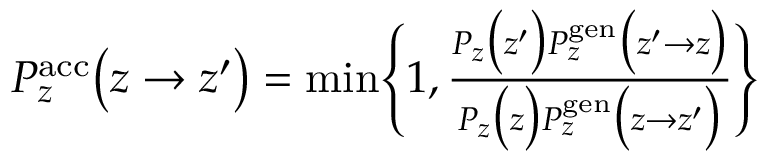
\begin{array} { r } { P _ { z } ^ { \mathrm { a c c } } \bigl ( z \to z ^ { \prime } \bigr ) = \operatorname* { m i n } \Biggl \{ 1 , \frac { P _ { z } \bigl ( z ^ { \prime } \bigr ) P _ { z } ^ { \mathrm { g e n } } \bigl ( z ^ { \prime } \to z \bigr ) } { P _ { z } \bigl ( z \bigr ) P _ { z } ^ { \mathrm { g e n } } \bigl ( z \to z ^ { \prime } \bigr ) } \Biggr \} } \end{array}